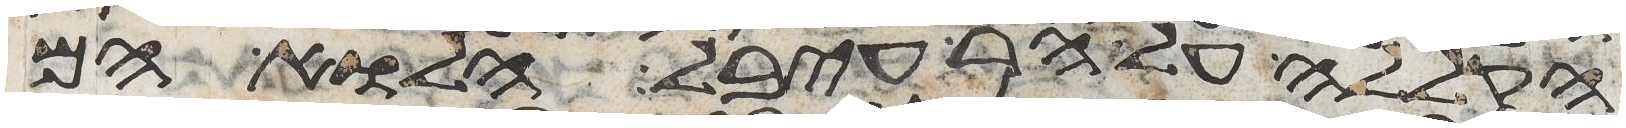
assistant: הקללה על הר עיבל הלוא הם